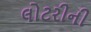
લોટરીની